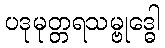
ပဒုမုတ္တရသမ္ဗုဒ္ဓေါ